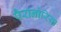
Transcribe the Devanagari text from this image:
पैरानोरिया